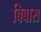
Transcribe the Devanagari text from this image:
बिबास